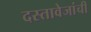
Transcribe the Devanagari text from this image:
दस्तावेजांची